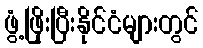
ဖွံ့ဖြိုးပြီးနိုင်ငံများတွင်